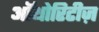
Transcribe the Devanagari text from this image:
ऑथोरिटीज़